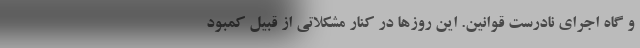
و گاه اجرای نادرست قوانین. این روزها در کنار مشکلاتی از قبیل کمبود